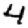
Digit: 4